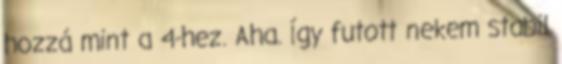
hozzá mint a 4-hez. Aha. Így futott nekem stabil